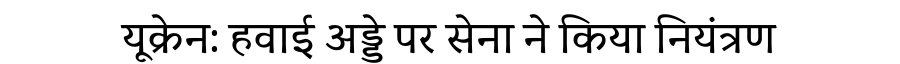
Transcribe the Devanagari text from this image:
यूक्रेन: हवाई अड्डे पर सेना ने किया नियंत्रण